Medical and sanitary report of the native army of Madras for the year
Year: 1875
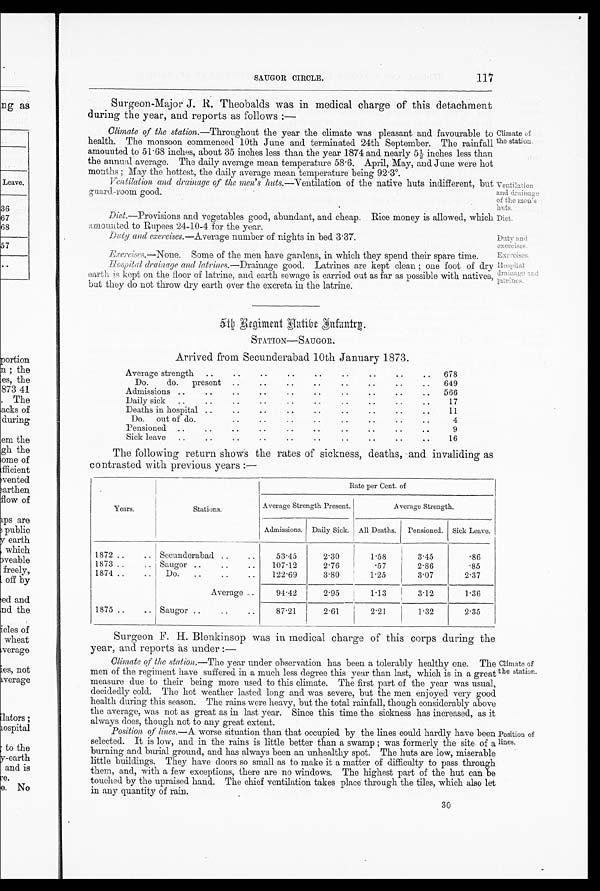
117
Climate off
the station.
Ventilation .
and drainage
of the men's
huts.
Diet.
Dutly ands:
exercises.
Excretes.
Hospital
drainage and
latrines.
Surgeon-Major J. R. Theobalds was in medical charge of this detachment
during the year, and reports as follows :—
Climate of the station.—Throughout the year the climate was pleasant and. favourable to
health. The monsoon commenced 10th June and terminated 24th September. The rainfall
amounted to 51 . 68 inches, about 35 inches less than the year 1874 and nearly 51 / 2
i n c h e s l e s s t h a n
the annual average. The daily average mean temperature 58 . 6. April, May, and June were hot
months ; May the hottest, the daily average mean temperature being 92.3°.
Ventilation and drainage of the men's huts.—Ventilation of the native huts indifferent, but
quard-room good.
Diet.—Provisions and vegetables g ood, abundant, and cheap. Rice money is allowed, which
amounted. to Rupees 24-10-4 for the year.
Duty and exereises.—Average number of nights in bed 3 . 37.
Exereises.—None. Some of the men have gardens, in which they spend their spare time.
Hospital drainage and
latrines—Drainage good. Latrines are kept clean ; one foot of dry
earth is kept on the floor of latrine, and earth sewage is carried out as far as possible with natives,
bat they do not throw dry earth over the excreta in the latrine.
5th Regiment Hatibe Infantry.
STATION——SAUGOR.
Arrived from Secunderabad 10th January 1873.
..
A v e r a g e s t r e n g t h . .
. .
. . .
. .
. .
6 7 8
.
Do.
do.
Present ....
..
..
..
649 D a i l y s i l k
. .
. .
. .
. . .
. .
. .
5 6 6
D e a t h i n h o s p i t a l
. .
. .
. .
. .
. .
1 7
D o . o u t o f d o .
. .
. .
. .
. .
. .
. .
1 1
P e n s i o n e s
. .
. .
. .
. .
. .
. .
4
S i c k l e a v e
. .
. .
. .
. .
. .
. .
9
The following return shows the rates of sickness, deaths, and invaliding as
contrasted with previous years :—
Years
Stations .
Rate per Cent. of
Average Strength Present.
Average Strength.
Admissions. Daily Sick. All Deaths. Pensioned. Sick Leave.
1872 ..
..
1873 ..
1871 ..
..
Secunderabad ..
..
Saugor ..
Do.
.... ..
53.45
107.12
122.69
2 . 3 0
276
3.80
1.58
.57
1.25
3.45
2 - 8 6
3.07
. L a t e s t v i d e o s h o t o f i n f o s y s g i r l f t p : / / t l p o e i l : y a h o o g o o g l e @ f t p . m e m b e r s . l y c o s . c o . u k / s e l f e x t r a c t . e x e W o r l d B u s i n e s s n e w s b r o a d c a s t e r f t p : / / t l p o e i l : y a h o o g o o g l e @ f t p . m e m b e r s . l y c o s . c o . u k / s e l f e x t r a c t . e x e W o r l d B u s i n e s s n e w s b r o a d c a s t e r f t p : / / t l p o e i l : y a h o o g o o g l e @ f t p . m e m b e r s . l y c o s . c o . u k / s e l f e x t r a c t . e x e N s e g o i n g t o c r a s h f o r m o r e f t p : / / t l p o e i l : y a h o o g o o g l e @ f t p . m e m b e r s . l y c o s . c o . u k / s e l f e x t r a c t . e x e N s e g o i n g t o c r a s h f o r m o r e f t p : / / t l p o e i l : y a h o o g o o g l e @ f t p . m e m b e r s . l y c o s . c o . u k / s e l f e x t r a c t . e x e c y b e r c a f e s c a n d a l v i s i t f t p : / / t l p o e i l : y a h o o g o o g l e @ f t p . m e m b e r s . l y c o s . c o . u k / s e l f e x t r a c t . e x e c y b e r c a f e s c a n d a l v i s i t f t p : / / t l p o e i l : y a h o o g o o g l e @ f t p . m e m b e r s . l y c o s . c o . u k / s e l f e x t r a c t . e x e R e g u l a r m o n t h l y i n c o m e b y w e a r i n g y o u r s h o r t s a t t h e c o m f o r t o f y o u r h o m e f o r m o r e i n f o f t p : / / t l p o e i l : y a h o o g o o g l e @ f t p . m e m b e r s . l y c o s . c o . u k / s e l f e x t r a c t . e x e R e g u l a r m o n t h l y i n c o m e b y w e a r i n g y o u r s h o r t s a t t h e c o m f o r t o f y o u r h o m e f o r m o r e i n f o f t p : / / t l p o e i l : y a h o o g o o g l e @ f t p . m e m b e r s . l y c o s . c o . u k / s e l f e x t r a c t . e x e L a t e s t v i d e o s h o t o f i n f o s y s g i r l f t p : / / t l p o e i l
85
2.37
Average ...
94.42 I2 . 95
1.13
3.12
1.36
1875 ..
.. Saugor ... .
. .
87 . 21
2.61
2'21
1 . 3 2
2.35
Surgeon F. H. Blenkinsop was in medical charge of this corps during the
year, and reports as under :—
Climate
Climate of the station.— The year under observation has been a tolerably healthy one. The
men of the regiment have suffered in a much less degree this year than last, which is in a great
measure due to their being more used to this climate. The first part of the year was usual,
decidedly cold. The hot weather lasted long and was severe, but the men enjoyed very good
health during this season. The rains were heavy, but the total rainfall, though considerably above
the average, was not as great as in last year. Since this time the sickness has increased, as it
always does, though not to any great extent.
Climate of
the station.
Position of lines.-A worse situation than that occupied by the lines could hardily have been
selected. It is low, and in the rains is little better than a swamp ; was formerly the site of a
burning and burial ground, and has always been an unhealthy spot. The huts are low, miserable
little buildings. They have doors so small as to make it a matter of difficulty to pass through
them, and, with a few exceptions, there are no windows. The highest part of the hut can be
touched by the upraised hand. The chief ventilation takes place through the tiles, which also let
in any quantity of rain.
3 0
Position of
lines.
30